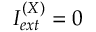
I _ { e x t } ^ { ( X ) } = 0